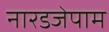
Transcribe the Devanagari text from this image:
नारडजेपाम